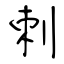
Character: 刺